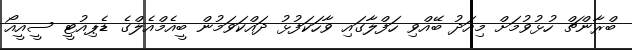
ބްރާންޗް ހުޅުވުމަށް މިއަދު ބޭއްވި ހަފްލާގައި ވާހަކަފުޅު ދައްކަަވަމުން ބީއެމްއެލްގެ ޑެޕިއުޓީ ސީއީއޯ